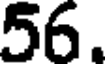
56.